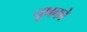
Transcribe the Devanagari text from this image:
चूषको